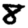
Digit: 8